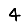
Digit: 4